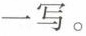
一写。